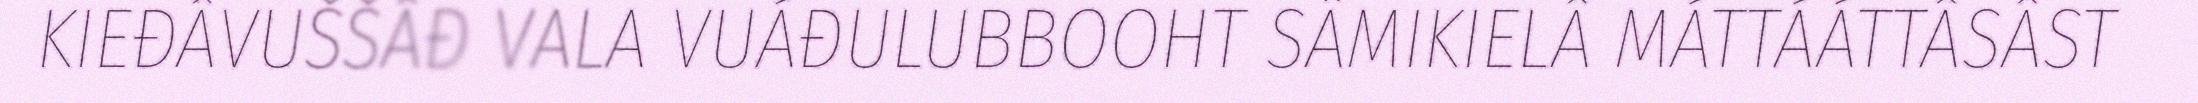
KIEĐÂVUŠŠÂĐ VALA VUÁĐULUBBOOHT SÄMIKIELÂ MÁTTÁÁTTÂSÂST